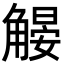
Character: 𧤨